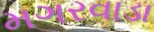
મગરવાડા